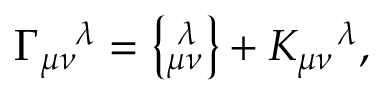
\Gamma _ { \mu \nu } ^ { \, \, \, \, \, \, \, \lambda } = \left\{ _ { \mu \nu } ^ { \, \, \lambda } \right\} + K _ { \mu \nu } ^ { \, \, \, \, \, \, \, \lambda } ,